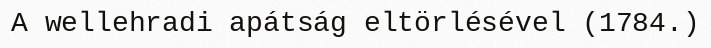
A wellehradi apátság eltörlésével (1784.)